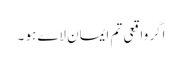
اگر واقعی تم ایمان لاے ہو ۔